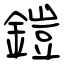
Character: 鎧